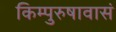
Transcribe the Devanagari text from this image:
किम्पुरुषावासं